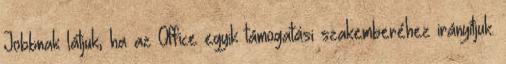
Jobbnak látjuk, ha az Office egyik támogatási szakemberéhez irányítjuk.